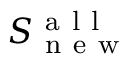
S _ { \mathrm { ~ n ~ e ~ w ~ } } ^ { \mathrm { ~ a ~ l ~ l ~ } }